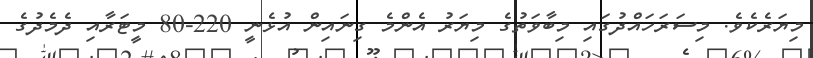
މިޔަރެކެވެ. މިސަރަހައްދުގައި މިބާވަތުގެ މިޔަރު އެންމެ ގިނައިން އުޅެނީ 220-80 މީޓަރާއި ދެމެދުގެ